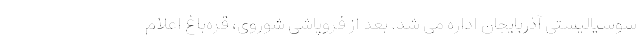
سوسیالیستی آذربایجان اداره می شد. بعد از فروپاشی شوروی، قره‌باغ اعلام